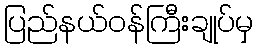
ပြည်နယ်ဝန်ကြီးချုပ်မှ